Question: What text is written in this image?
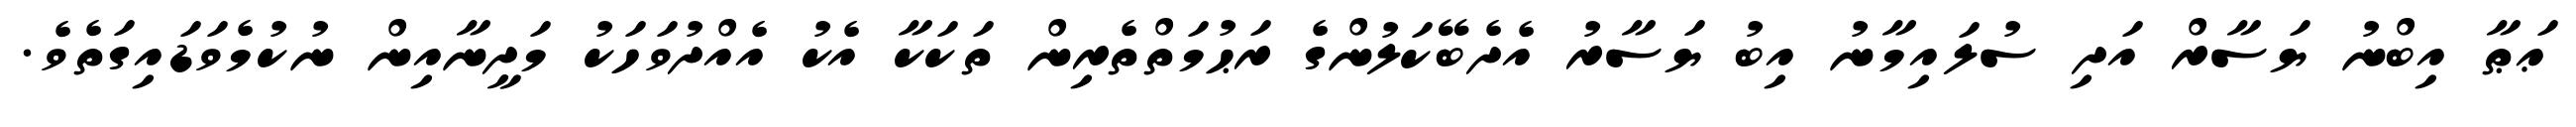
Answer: ޢަޠާ އިބްނު ޔަސާރް އަދި ސުލައިމާނު އިބު ޔަސާރު އެދެބޭކަލުންގެ ރަޙުމަތްތެރިން ތަކަކާ އެކު އެއްދުވަހަކު މަދީނާއިން ނުކުމެވަޑައިގަތެވެ.